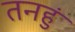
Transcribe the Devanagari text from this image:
तनहुं